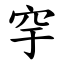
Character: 穻